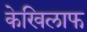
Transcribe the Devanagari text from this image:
केखिलाफ